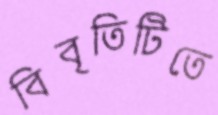
বিবৃতিটিতে